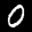
Label: 0